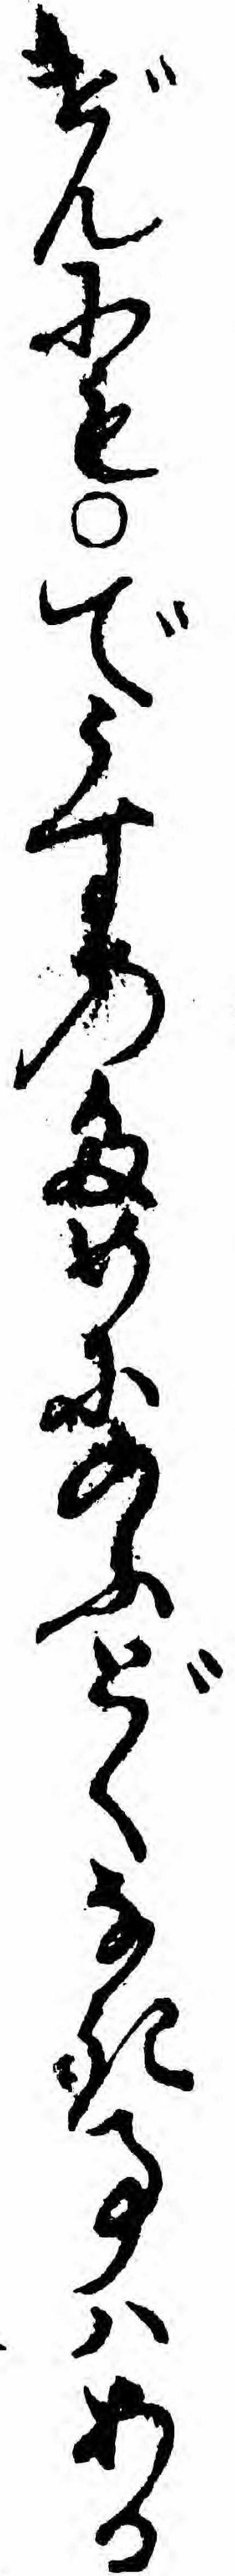
げんにもでうすのためにのふどくなき事ハある